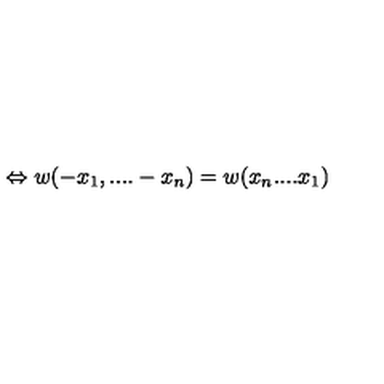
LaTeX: \Leftrightarrow w ( - x _ { 1 } , . . . . - x _ { n } ) = w ( x _ { n } . . . . x _ { 1 } )